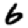
Digit: 6